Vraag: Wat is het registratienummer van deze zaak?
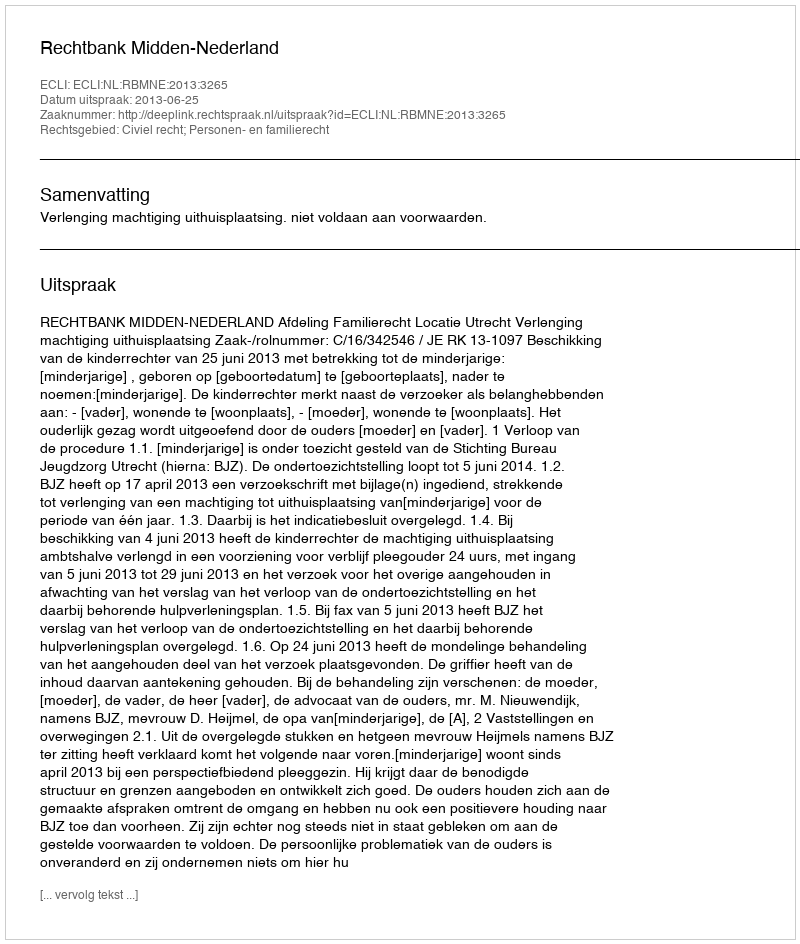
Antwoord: http://deeplink.rechtspraak.nl/uitspraak?id=ECLI:NL:RBMNE:2013:3265